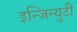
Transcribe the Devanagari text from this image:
इन्जिन्युटी